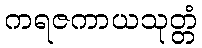
ကရဇကာယသုတ္တံ